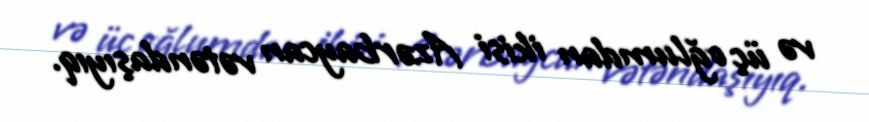
və üç oğlumdan ikisi Azərbaycan vətəndaşıyıq.